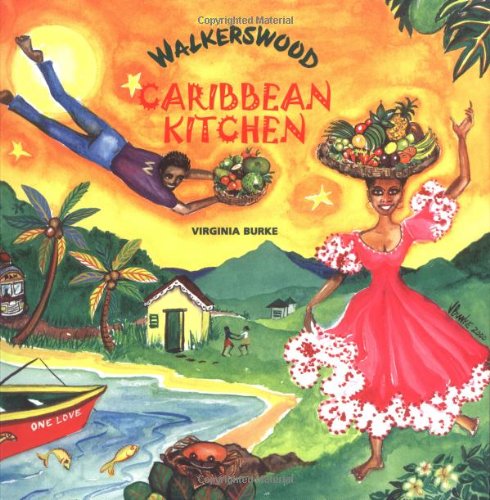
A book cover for Walkerswood Caribbean Kitchen; Virginia Burke; Cookbooks, Food & Wine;